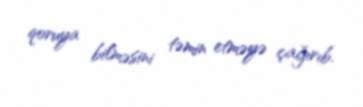
qoruya bilməsini təmin etməyə çağırıb.